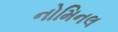
નોમિનલ